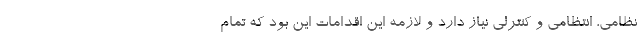
نظامی، انتظامی و کنترلی نیاز دارد و لازمه این اقدامات این بود که تمام